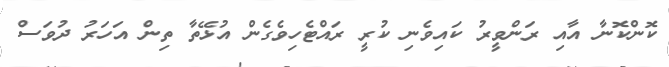
ކޮންކޮނާ އާއި ރަންވީރު ކައިވެނި ކުރީ ރައްޓެހިވެގެން އުޅޭތާ ތިން އަހަރު ދުވަސް